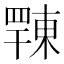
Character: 𢆦